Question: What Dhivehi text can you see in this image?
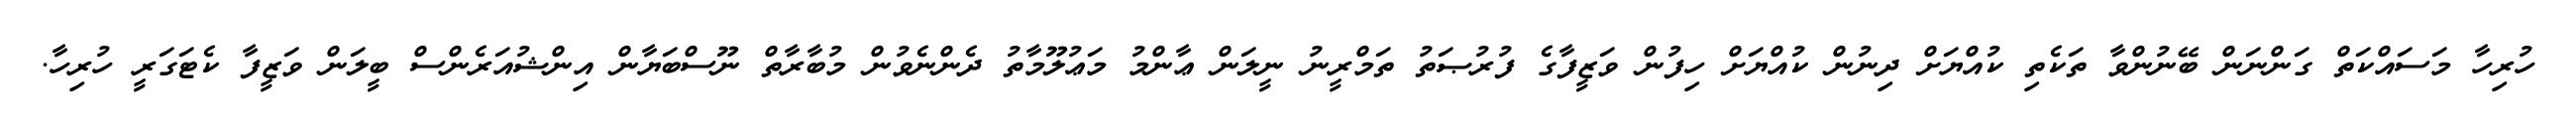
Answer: ހުރިހާ މަސައްކަތް ގަންނަން ބޭނުންވާ ތަކެތި ކުއްޔަށް ދިނުން ކުއްޔަށް ހިފުން ވަޒީފާގެ ފުރުޞަތު ތަމްރީނު ނީލަން ޢާންމު މަޢުލޫމާތު ދެންނެވުން މުބާރާތް ނޫސްބަޔާން އިންޝުއަރެންސް ބީލަން ވަޒީފާ ކެޓަގަރީ ހުރިހާ.